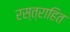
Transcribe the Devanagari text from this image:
रस्त्राहित